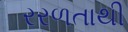
રરળતાથી